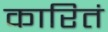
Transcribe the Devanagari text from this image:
कारितं